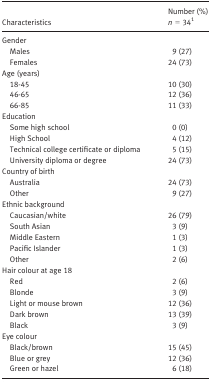
<table><thead><tr><td><b>Characteristics</b></td><td><b>Number (%) <i>n</i> = 34a</b></td></tr></thead><tbody><tr><td colspan="2">Gender</td></tr><tr><td>Males</td><td>9 (27)</td></tr><tr><td>Females</td><td>24 (73)</td></tr><tr><td colspan="2">Age (years)</td></tr><tr><td>18‐45</td><td>10 (30)</td></tr><tr><td>46‐65</td><td>12 (36)</td></tr><tr><td>66‐85</td><td>11 (33)</td></tr><tr><td colspan="2">Education</td></tr><tr><td>Some high school</td><td>0 (0)</td></tr><tr><td>High School</td><td>4 (12)</td></tr><tr><td>Technical college certificate or diploma</td><td>5 (15)</td></tr><tr><td>University diploma or degree</td><td>24 (73)</td></tr><tr><td colspan="2">Country of birth</td></tr><tr><td>Australia</td><td>24 (73)</td></tr><tr><td>Other</td><td>9 (27)</td></tr><tr><td colspan="2">Ethnic background</td></tr><tr><td>Caucasian/white</td><td>26 (79)</td></tr><tr><td>South Asian</td><td>3 (9)</td></tr><tr><td>Middle Eastern</td><td>1 (3)</td></tr><tr><td>Pacific Islander</td><td>1 (3)</td></tr><tr><td>Other</td><td>2 (6)</td></tr><tr><td colspan="2">Hair colour at age 18</td></tr><tr><td>Red</td><td>2 (6)</td></tr><tr><td>Blonde</td><td>3 (9)</td></tr><tr><td>Light or mouse brown</td><td>12 (36)</td></tr><tr><td>Dark brown</td><td>13 (39)</td></tr><tr><td>Black</td><td>3 (9)</td></tr><tr><td colspan="2">Eye colour</td></tr><tr><td>Black/brown</td><td>15 (45)</td></tr><tr><td>Blue or grey</td><td>12 (36)</td></tr><tr><td>Green or hazel</td><td>6 (18)</td></tr></tbody></table>